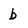
Character: b